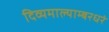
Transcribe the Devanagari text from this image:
दिव्यमाल्याम्बरधरं